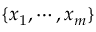
\{ x _ { 1 } , \cdots , x _ { m } \}